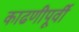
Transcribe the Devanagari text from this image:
काढणीपूर्वी